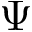
\Psi